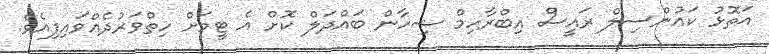
އަތޮޅު ކައުންސިލް ރައީސް އިބްރާހިމް ޝިހާން ބައްދަލް ކޮށް އެ ޓީމަށް ހިތްވަރުދެއްވައިފިއެވެ.